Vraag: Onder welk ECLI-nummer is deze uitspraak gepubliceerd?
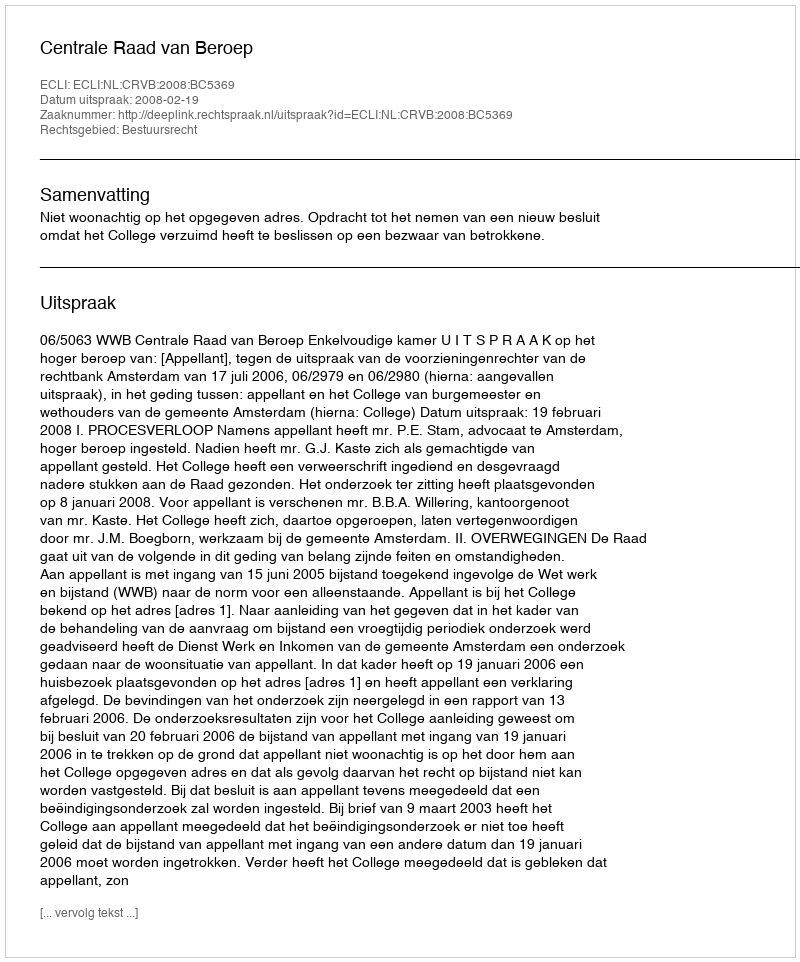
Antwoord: ECLI:NL:CRVB:2008:BC5369